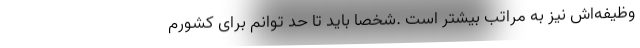
وظیفه‌اش نیز به مراتب بیشتر است .شخصاً باید تا حد توانم برای کشورم